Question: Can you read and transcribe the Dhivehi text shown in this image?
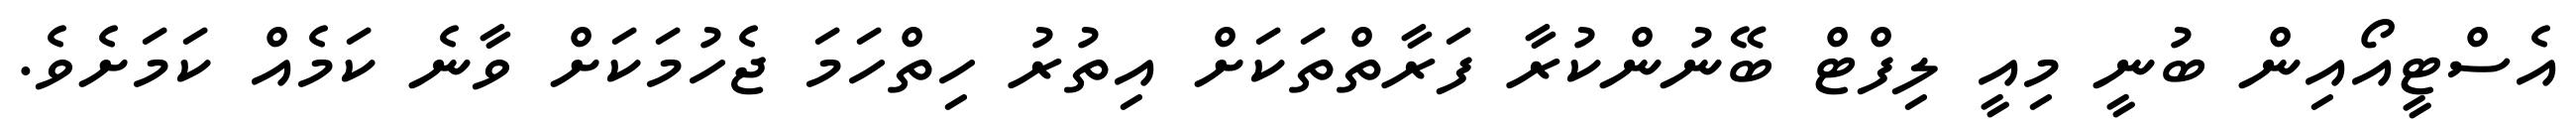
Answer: އެސްޓީއޯއިން ބުނީ މިއީ ލިފްޓް ބޭނުންކުރާ ފަރާތްތަކަށް އިތުރު ހިތްހަމަ ޖެހުމަކަށް ވާނެ ކަމެއް ކަމަށެވެ.